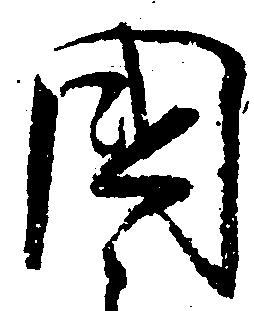
国